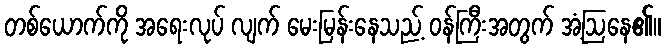
တစ်ယောက်ကို အရေးလုပ် လျက် မေးမြန်းနေသည့် ဝန်ကြီးအတွက် အံ့ဩနေ၏။